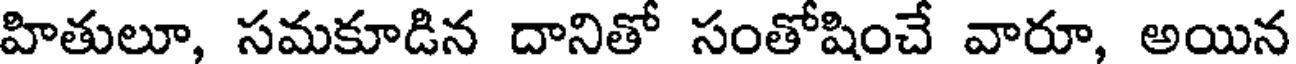
హితులూ, సమకూడిన దానితో సంతోషించే వారూ, అయిన